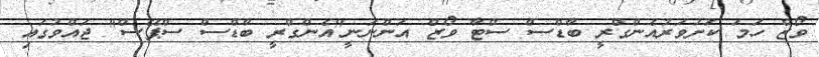
ވޯޒް ހަމަ ކަށަވަރުއެންގްރީ ބާޑްސް ސްޓާ ވޯޒް އަންނަނީ"އެންގްރީ ބާޑްސް ސްޕޭސް" ޖައްވުގައި